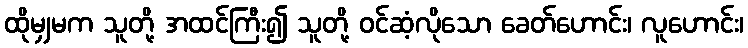
ထိုမျှမက သူတို့ အထင်ကြီး၍ သူတို့ ဝင်ဆံ့လိုသော ခေတ်ဟောင်း၊ လူဟောင်း၊